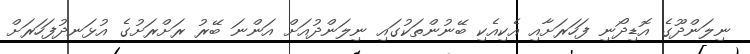
ނިލަންދޫގެ އޮޑިދޯނި ފަހަރަށާއި އެކިއެކި ބޭނުންތަކުގައި ނިލަންދުއަށް އަންނަ ބޭރު ރަށްރަށުގެ އުޅަނދުފަހަރަށް